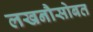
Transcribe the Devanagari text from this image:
लखनौसोबत